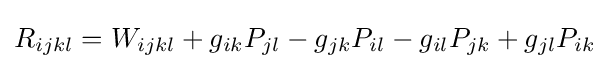
R_{ijkl}=W_{ijkl}+g_{ik}P_{jl}-g_{jk}P_{il}-g_{il}P_{jk}+g_{jl}P_{ik}